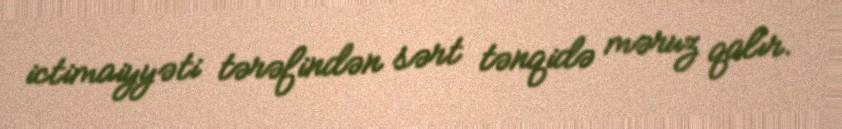
ictimaiyyəti tərəfindən sərt tənqidə məruz qalır.